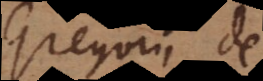
Gregorii de